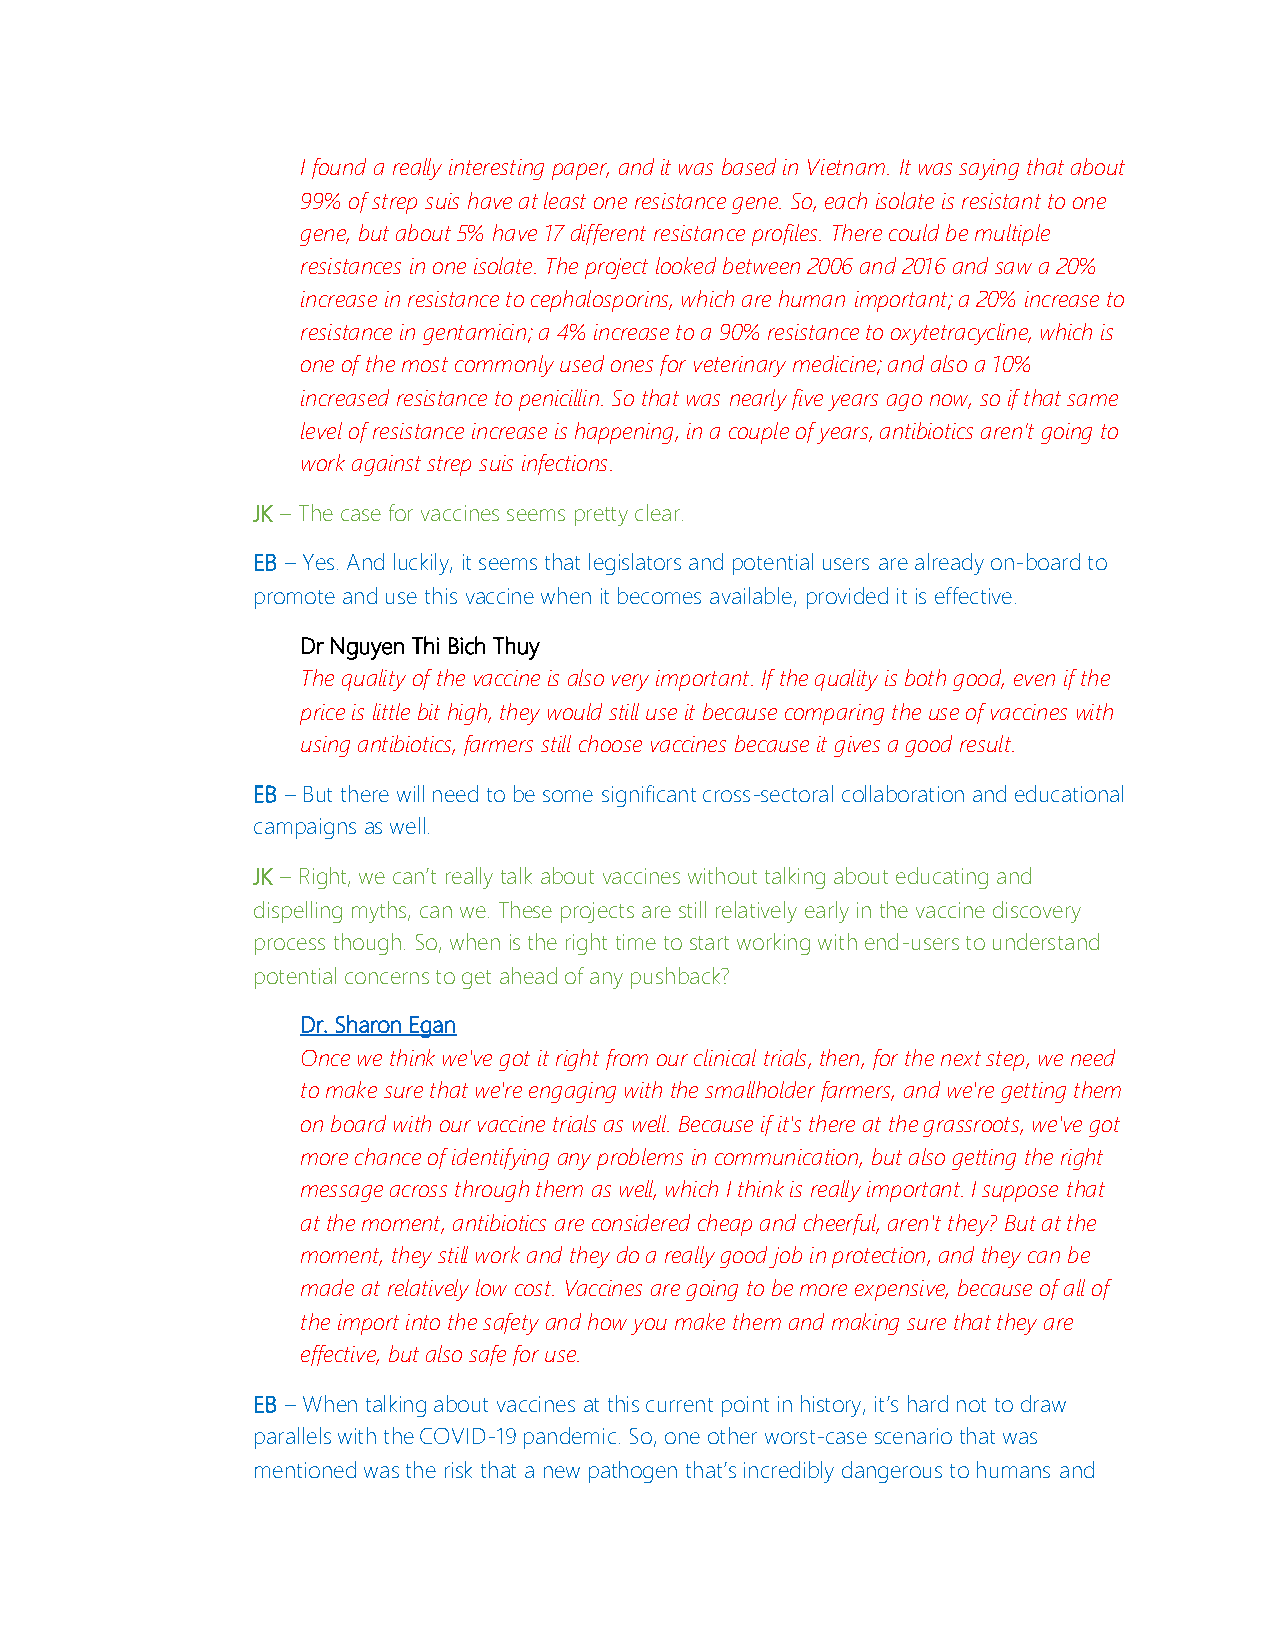
I found a really interesting paper, and it was based in Vietnam. It was saying that about
 99% of strep suis have at least one resistance gene. So, each isolate is resistant to one
 gene, but about 5% have 17 different resistance profiles. There could be multiple
 resistances in one isolate. The project looked between 2006 and 2016 and saw a 20%
 increase in resistance to cephalosporins, which are human important; a 20% increase to
 resistance in gentamicin; a 4% increase to a 90% resistance to oxytetracycline, which is
 one of the most commonly used ones for veterinary medicine; and also a 10%
 increased resistance to penicillin. So that was nearly five years ago now, so if that same
 level of resistance increase is happening, in a couple of years, antibiotics aren’t going to
 work against strep suis infections.
 JK – The case for vaccines seems pretty clear.
 EB – Yes. And luckily, it seems that legislators and potential users are already on-board to
 promote and use this vaccine when it becomes available, provided it is effective.
 Dr Nguyen Thi Bich Thuy
 The quality of the vaccine is also very important. If the quality is both good, even if the
 price is little bit high, they would still use it because comparing the use of vaccines with
 using antibiotics, farmers still choose vaccines because it gives a good result.
 EB – But there will need to be some significant cross-sectoral collaboration and educational
 campaigns as well.
 JK – Right, we can’t really talk about vaccines without talking about educating and
 dispelling myths, can we. These projects are still relatively early in the vaccine discovery
 process though. So, when is the right time to start working with end-users to understand
 potential concerns to get ahead of any pushback?
 Dr. Sharon Egan
 Once we think we've got it right from our clinical trials, then, for the next step, we need
 to make sure that we're engaging with the smallholder farmers, and we're getting them
 on board with our vaccine trials as well. Because if it's there at the grassroots, we've got
 more chance of identifying any problems in communication, but also getting the right
 message across through them as well, which I think is really important. I suppose that
 at the moment, antibiotics are considered cheap and cheerful, aren't they? But at the
 moment, they still work and they do a really good job in protection, and they can be
 made at relatively low cost. Vaccines are going to be more expensive, because of all of
 the import into the safety and how you make them and making sure that they are
 effective, but also safe for use.
 EB – When talking about vaccines at this current point in history, it’s hard not to draw
 parallels with the COVID-19 pandemic. So, one other worst-case scenario that was
 mentioned was the risk that a new pathogen that’s incredibly dangerous to humans and